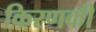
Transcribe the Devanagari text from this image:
किरणकी